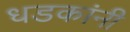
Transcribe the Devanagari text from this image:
धडकांनी